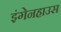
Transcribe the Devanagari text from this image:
इंगेनहाउस